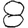
Digit: 8